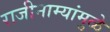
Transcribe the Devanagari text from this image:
राजीनाम्यांमुळे